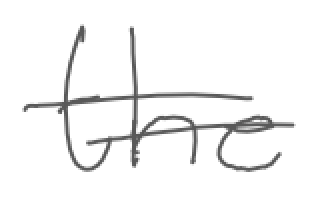
Text: the
Cross-out: double-line
Writing tool: digital_gray